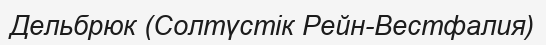
Дельбрюк (Солтүстік Рейн-Вестфалия)